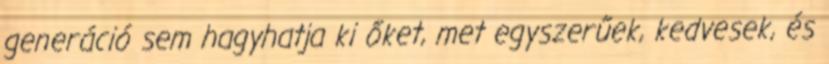
generáció sem hagyhatja ki őket, met egyszerűek, kedvesek, és